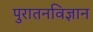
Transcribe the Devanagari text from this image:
पुरातनविज्ञान